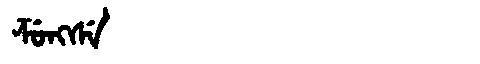
Manchu: ᡯᡠᠩᠰᡝ
Romanization: DZUNGSE